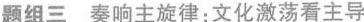
题组三 奏响主旋律：文化激荡看主导